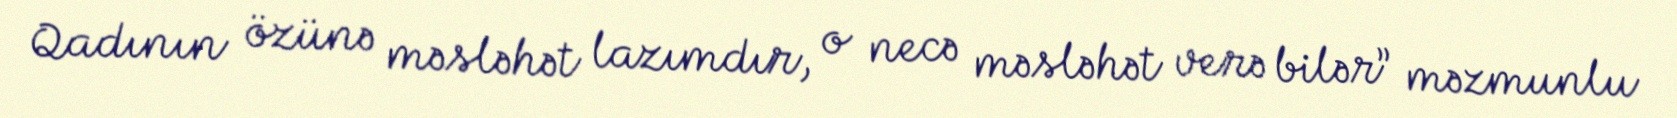
Qadının özünə məsləhət lazımdır, o necə məsləhət verə bilər” məzmunlu